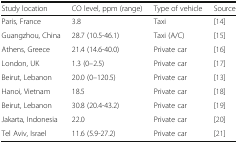
| Study location | CO level, ppm (range) | Type of vehicle | Source |
 | --- | --- | --- | --- |
 | Paris, France | 3.8 | Taxi | [14] |
 | Guangzhou, China | 28.7 (10.5-46.1) | Taxi (A/C) | [15] |
 | Athens, Greece | 21.4 (14.6-40.0) | Private car | [16] |
 | London, UK | 1.3 (0–2.5) | Private car | [17] |
 | Beirut, Lebanon | 20.0 (0–120.5) | Private car | [13] |
 | Hanoi, Vietnam | 18.5 | Private car | [18] |
 | Beirut, Lebanon | 30.8 (20.4-43.2) | Private car | [19] |
 | Jakarta, Indonesia | 22.0 | Private car | [20] |
 | Tel Aviv, Israel | 11.6 (5.9-27.2) | Private car | [21] |